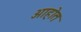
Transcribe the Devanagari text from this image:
अाहोत